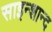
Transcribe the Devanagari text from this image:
साइन्शान्द